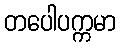
တပေါပက္ကမာ